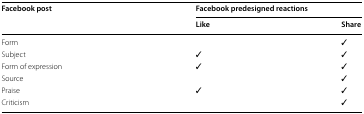
| <ROWSPAN=2> Facebook post | <COLSPAN=2> Facebook predesigned reactions |
 | Like | Share |
 | --- | --- | --- |
 | Form |  | ✓ |
 | Subject | ✓ | ✓ |
 | Form of expression | ✓ | ✓ |
 | Source |  | ✓ |
 | Praise | ✓ | ✓ |
 | Criticism |  | ✓ |